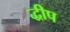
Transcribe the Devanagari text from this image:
द्धीप